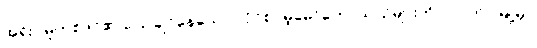
အရိုး/ မူဟစ်ဒင်၏ ပြောချင်နေသော လိုင်စင်မဲ့မော်တော်ယာဉ်များကို ပလက်ဝမြို့မှာ